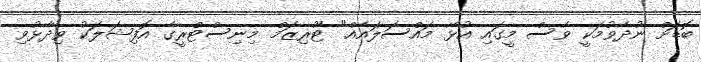
ބޮޑަށް ނުދެވުމަކީ ވެސް މީގައި އުޅޭ މައްސަލައެއް" ޓޫރިޒަމް މިނިސްޓްރީގެ އޮފިޝަލަކު ވިދާޅުވި